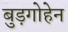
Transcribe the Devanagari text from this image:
बुड़गोहेन